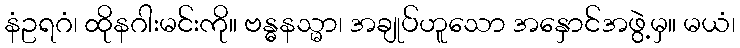
နံဥရဂံ၊ ထိုနဂါးမင်းကို။ ဗန္ဓနသ္မာ၊ အချုပ်ဟူသော အနှောင်အဖွဲ့မှ။ မယံ၊